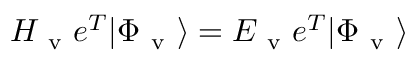
H _ { \mathrm { ~ v ~ } } e ^ { T } | \Phi _ { \mathrm { ~ v ~ } } \rangle = E _ { \mathrm { ~ v ~ } } e ^ { T } | \Phi _ { \mathrm { ~ v ~ } } \rangle